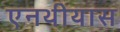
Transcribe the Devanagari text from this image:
एनथीयास